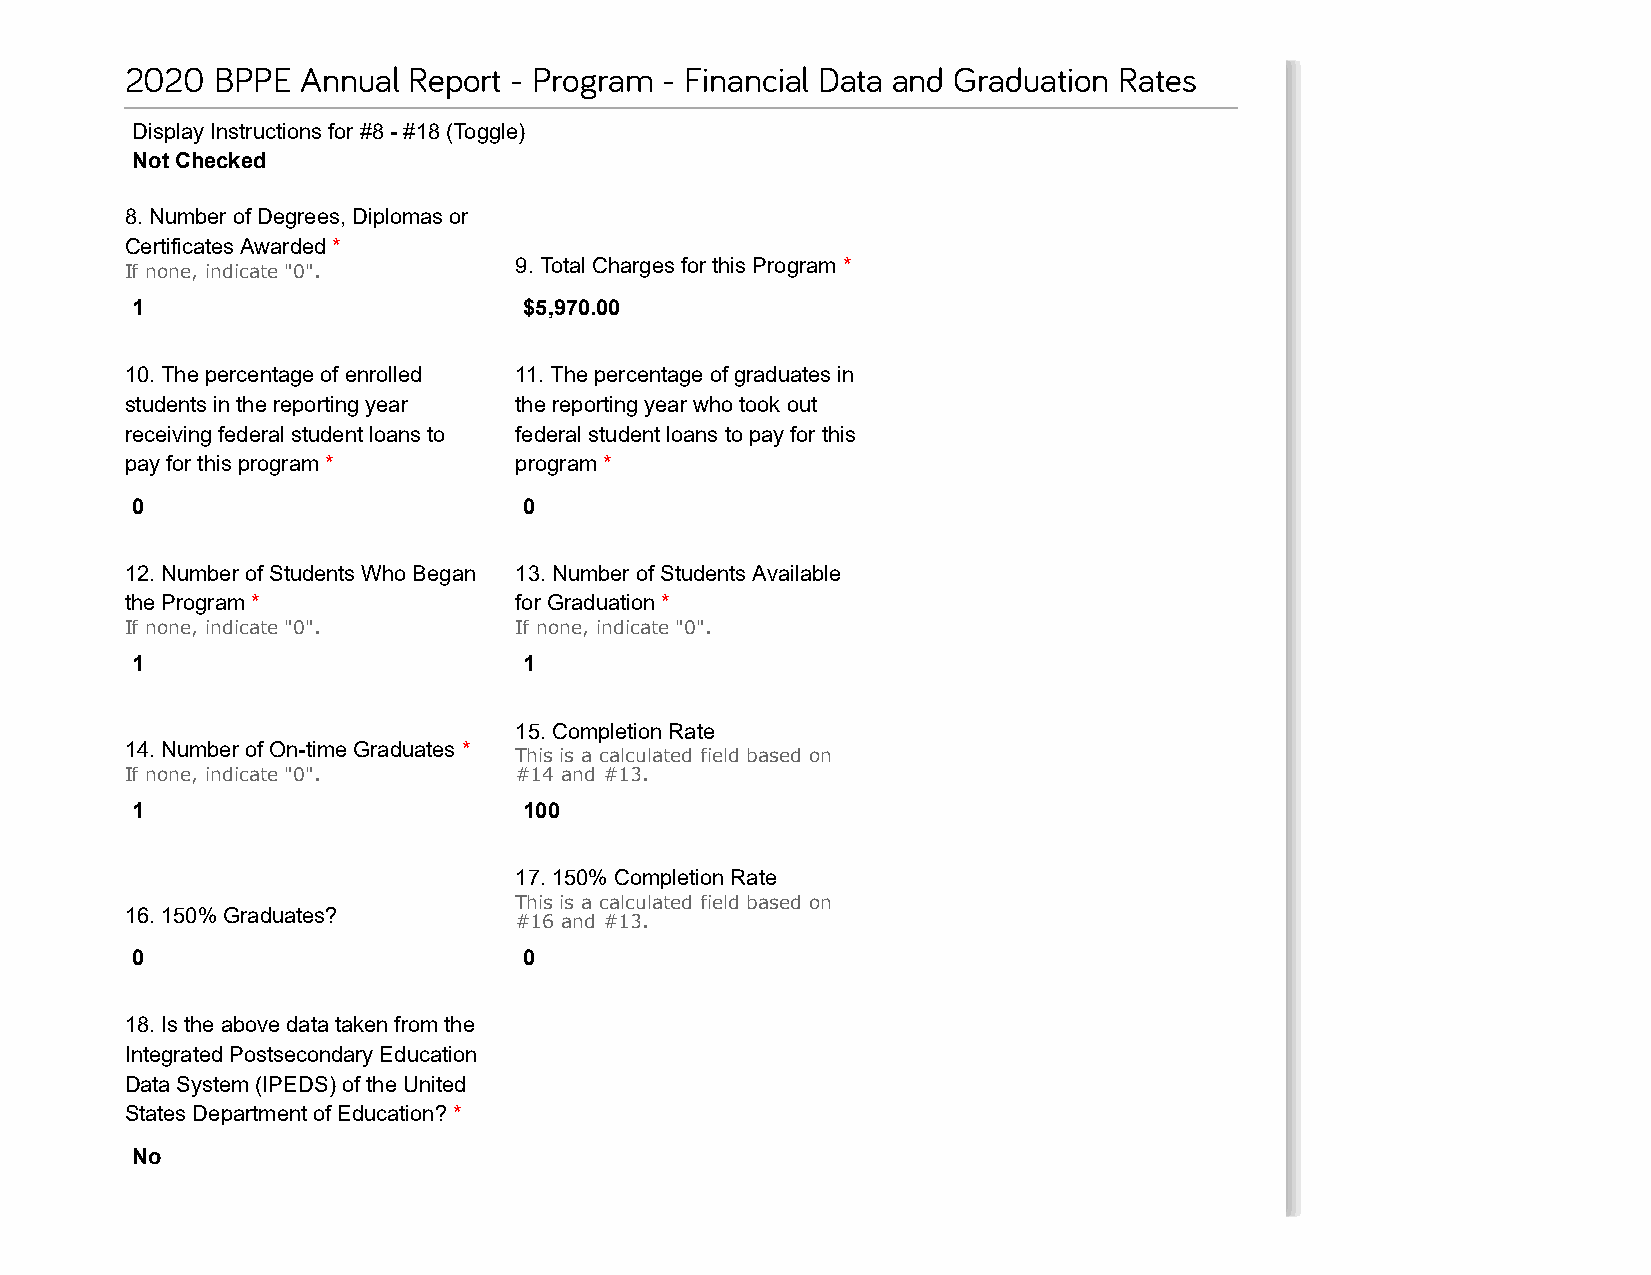
2020  BPPE  Annual Report - Program - Financial Data and Graduation Rates
 Display Instructions for #8 - #18 (Toggle)
 Not Checked
 8. Number of Degrees, Diplomas or
 Certificates Awarded *
 9. Total Charges for this Program *
 If none, indicate "0".
 1                         $5,970.00
 10. The percentage of enrolled 11. The percentage of graduates in
 students in the reporting year the reporting year who took out
 receiving federal student loans to federal student loans to pay for this
 pay for this program *    program *
 0                         0
 12. Number of Students Who Began 13. Number of Students Available
 the Program *             for Graduation *
 If none, indicate "0".    If none, indicate "0".
 1                         1
 15. Completion Rate
 14. Number of On-time Graduates *
 This is a calculated field based on
 If none, indicate "0".    #14 and #13.
 1                         100
 17. 150% Completion Rate
 This is a calculated field based on
 16. 150% Graduates?
 #16 and #13.
 0                         0
 18. Is the above data taken from the
 Integrated Postsecondary Education
 Data System (IPEDS) of the United
 States Department of Education? *
 No